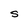
Character: S